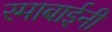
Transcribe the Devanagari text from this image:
रमाबाईनी